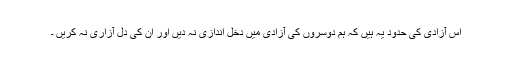
اس آزادی کی حدود یہ ہیں کہ ہم دوسروں کی آزادی میں دخل اندازی نہ دیں اور ان کی دل آزاری نہ کریں ۔